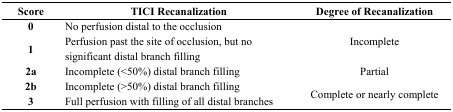
<table><thead><tr><td><b>Score</b></td><td><b>TICI Recanalization</b></td><td><b>Degree of Recanalization</b></td></tr></thead><tbody><tr><td><b>0</b></td><td>No perfusion distal to the occlusion</td><td rowspan="2">Incomplete</td></tr><tr><td><b>1</b></td><td>Perfusion past the site of occlusion, but no significant distal branch filling</td></tr><tr><td><b>2a</b></td><td>Incomplete (&lt;50%) distal branch filling</td><td>Partial</td></tr><tr><td><b>2b</b></td><td>Incomplete (&gt;50%) distal branch filling</td><td rowspan="2">Complete or nearly complete</td></tr><tr><td><b>3</b></td><td>Full perfusion with filling of all distal branches</td></tr></tbody></table>